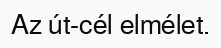
Az út-cél elmélet.